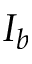
I _ { b }